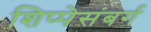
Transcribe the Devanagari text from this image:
शिप्पेसंबर्ग